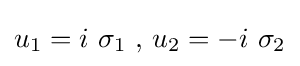
u_{1}=i\ \sigma _{1}~,\,u_{2}=-i\ \sigma _{2}